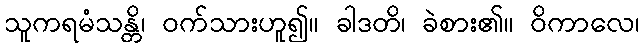
သူကရမံသန္တိ၊ ဝက်သားဟူ၍။ ခါဒတိ၊ ခဲစား၏။ ဝိကာလေ၊